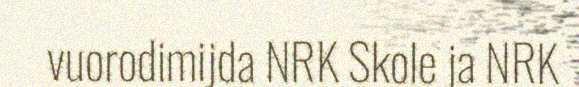
vuorodimijda NRK Skole ja NRK